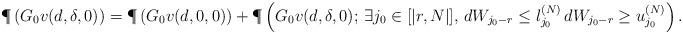
LaTeX: \begin{align*}& \P\left( G_0v(d,\delta,0) \right) = \P\left( G_0v(d,0,0) \right)+ \P\left( G_0v(d,\delta,0);\,\exists j_0\in [|r,N|],\, d W_{j_0-r}\leq l_{j_0}^{(N)} \, d W_{j_0-r}\geq u_{j_0}^{(N)} \right).\end{align*}